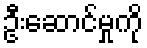
ဦးဆောင်မှုကို